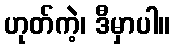
ဟုတ်ကဲ့၊ ဒီမှာပါ။